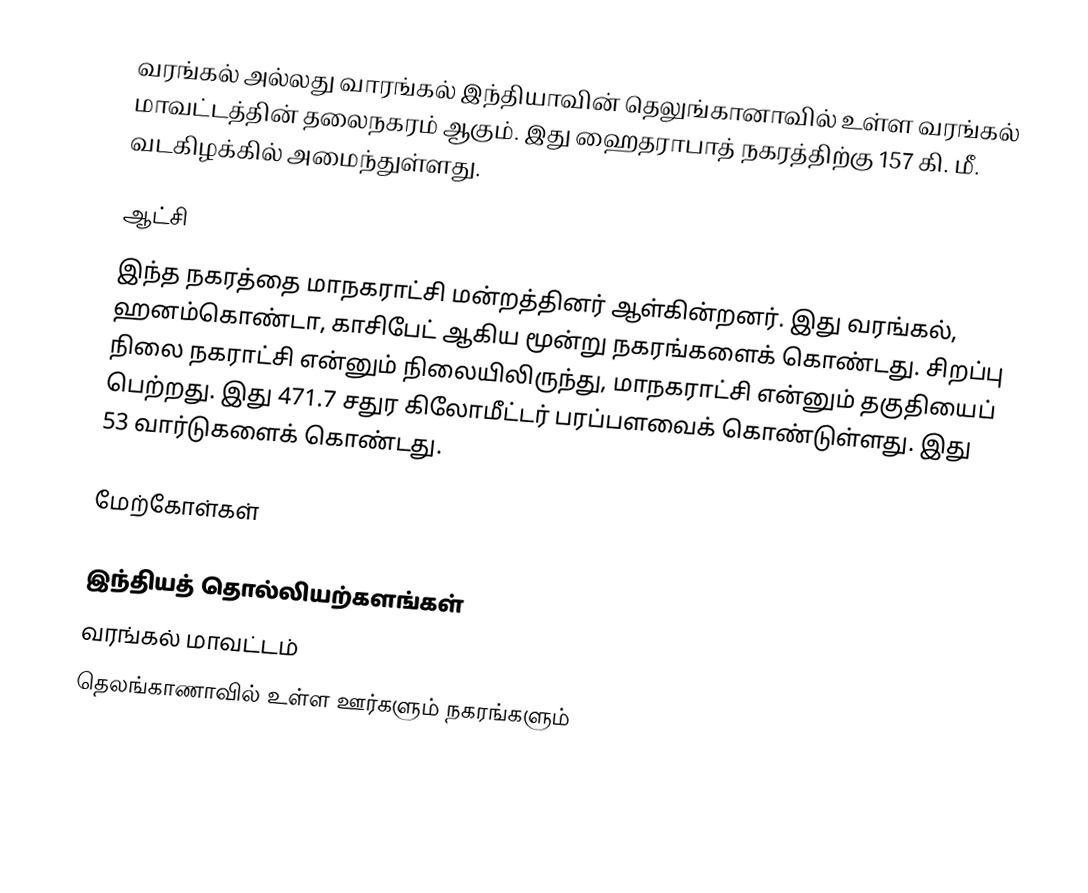
வரங்கல் அல்லது வாரங்கல் இந்தியாவின் தெலுங்கானாவில் உள்ள வரங்கல் மாவட்டத்தின் தலைநகரம் ஆகும். இது ஹைதராபாத் நகரத்திற்கு 157 கி. மீ. வடகிழக்கில் அமைந்துள்ளது.

ஆட்சி
இந்த நகரத்தை மாநகராட்சி மன்றத்தினர் ஆள்கின்றனர். இது வரங்கல், ஹனம்கொண்டா, காசிபேட் ஆகிய மூன்று நகரங்களைக் கொண்டது. சிறப்பு நிலை நகராட்சி என்னும் நிலையிலிருந்து, மாநகராட்சி என்னும் தகுதியைப் பெற்றது. இது 471.7 சதுர கிலோமீட்டர் பரப்பளவைக் கொண்டுள்ளது. இது 53 வார்டுகளைக் கொண்டது.

மேற்கோள்கள்

இந்தியத் தொல்லியற்களங்கள்
வரங்கல் மாவட்டம்
தெலங்காணாவில் உள்ள ஊர்களும் நகரங்களும்